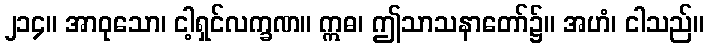
၂၁၄။ အာဝုသော၊ ငါ့ရှင်လက္ခဏ။ ဣဓ၊ ဤသာသနာတော်၌။ အဟံ၊ ငါသည်။